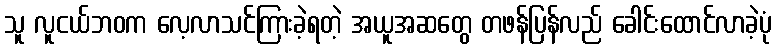
သူ လူငယ်ဘဝက လေ့လာသင်ကြားခဲ့ရတဲ့ အယူအဆတွေ တဖန်ပြန်လည် ခေါင်းထောင်လာခဲ့ပုံ